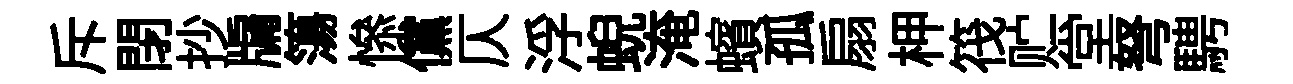
斥閉抄牖簜𢡖儻仄浮蜺淹蠙孤扇柙筏贮堂弩騁